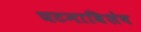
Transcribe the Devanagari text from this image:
घटनाविशेष